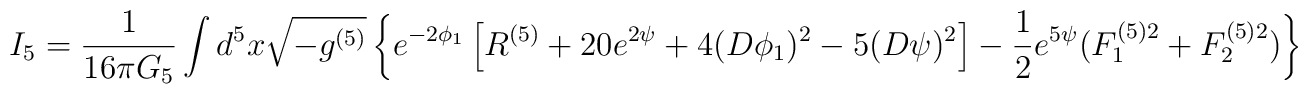
I_5= \frac{1}{16 \pi G_5} \int d^5x \sqrt{-g^{(5)}} \left\{ e^{-2\phi_1} \left[ R^{(5)}+20 e^{2\psi}+4(D\phi_1)^2 -5(D\psi)^2 \right]-\frac{1}{2}e^{5\psi}(F^{(5)2}_1+F^{(5)2}_2) \right\}